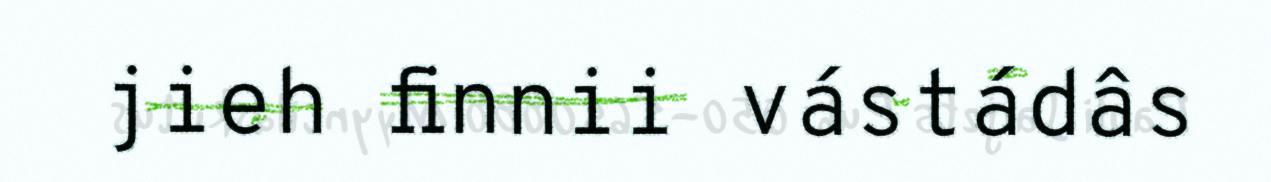
jieh finnii vástádâs